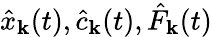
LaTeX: \hat{x}_{\mathbf k}(t),\hat{c}_{\mathbf k}(t),\hat{F}_{\mathbf k}(t)